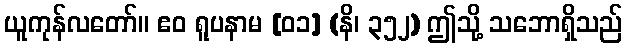
ယူကုန်လတော်။ ဧဝ ရူပနာမ [၀၁] (နိ၊ ၃၅၂) ဤသို့ သဘောရှိသည်